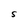
Character: S